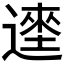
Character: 𰻎